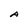
Character: A